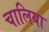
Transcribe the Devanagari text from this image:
चालिया